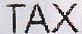
TAX